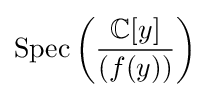
{\text{Spec}}\left({\frac {\mathbb {C} [y]}{(f(y))}}\right)